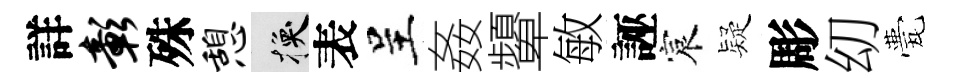
詳彰殊憩换表呈姦顰敏誣宸疑彫㓜甍